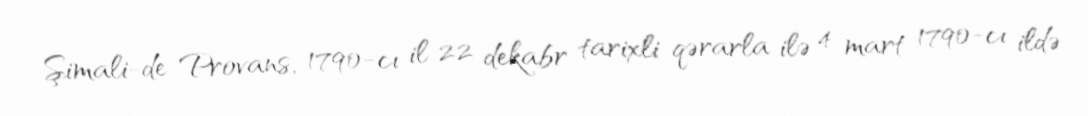
Şimali-de-Provans, 1790-cı il 22 dekabr tarixli qərarla ilə 4 mart 1790-cı ildə